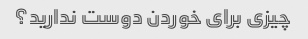
چیزی برای خوردن دوست ندارید؟